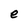
Character: e